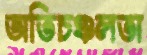
অতিচঞ্চলতা